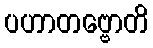
ပဟာတဗ္ဗောတိ